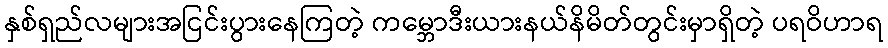
နှစ်ရှည်လများအငြင်းပွားနေကြတဲ့ ကမ္ဘောဒီးယားနယ်နိမိတ်တွင်းမှာရှိတဲ့ ပရဝိဟာရ